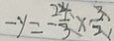
- y = - \frac { 2 4 } { 3 } \times \frac { 3 } { 2 }